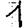
Digit: 1